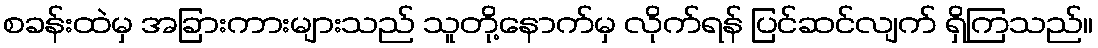
စခန်းထဲမှ အခြားကားများသည် သူတို့နောက်မှ လိုက်ရန် ပြင်ဆင်လျက် ရှိကြသည်။